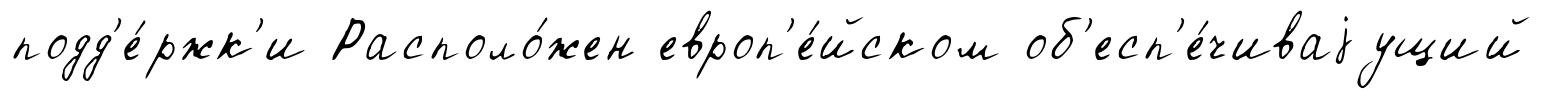
подд'е́ржк'и Располо́жен европ'е́йском об'есп'е́чиваjущий